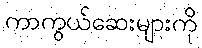
ကာကွယ်ဆေးများကို